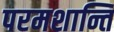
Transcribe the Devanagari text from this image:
परमशान्ति